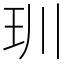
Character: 玔